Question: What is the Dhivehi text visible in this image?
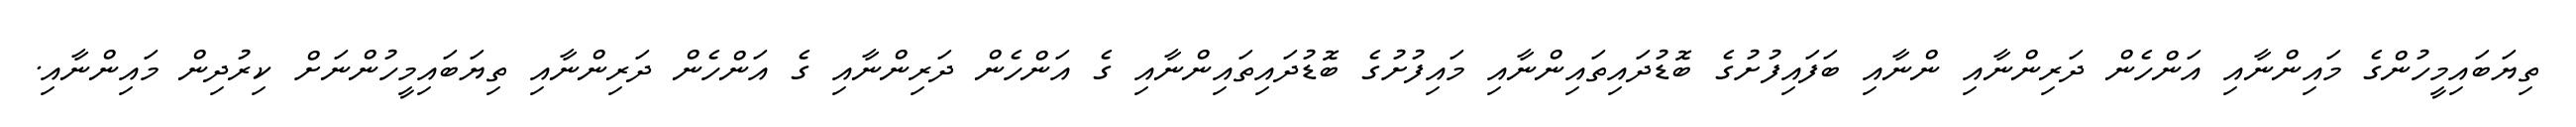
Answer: ތިޔަބައިމީހުންގެ މައިންނާއި އަންހެން ދަރިންނާއި ންނާއި ބަފައިފުށުގެ ބޮޑުދައިތައިންނާއި މައިފުށުގެ ބޮޑުދައިތައިންނާއި ގެ އަންހެން ދަރިންނާއި ގެ އަންހެން ދަރިންނާއި ތިޔަބައިމީހުންނަށް ކިރުދިން މައިންނާއި.